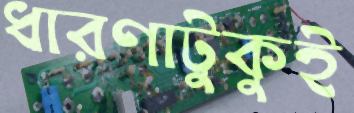
ধারণাটুকুই